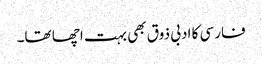
فارسی کا ادبی ذوق بھی بہت اچھا تھا۔